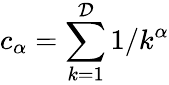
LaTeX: c_{\alpha}=\sum_{k=1}^{\mathcal{D}}1/k^{\alpha}